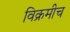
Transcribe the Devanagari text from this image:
विक्रमीच